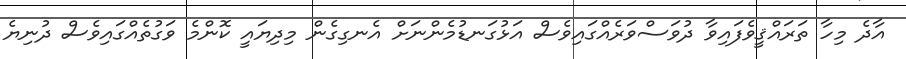
އާދެ މިހާ ތަރައްޤީވެފައިވާ ދުވަސްވަރެއްގައިވެސް އަޅުގަނޑުމެންނަށް އެނގިގެން މިދިޔައީ ކޮންމެ ވަގުތެއްގައިވެސް ދުނިޔެ